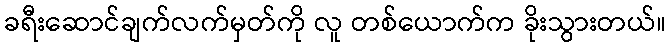
ခရီးဆောင်ချက်လက်မှတ်ကို လူ တစ်ယောက်က ခိုးသွားတယ်။